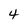
Character: 4